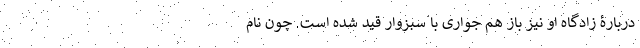
دربارۀ زادگاه او نیز باز هم جواری با سبزوار قید شده است. چون نام